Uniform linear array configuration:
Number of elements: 32
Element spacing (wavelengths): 1
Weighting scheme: blackman
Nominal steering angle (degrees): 60
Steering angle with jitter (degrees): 58.364
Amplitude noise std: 0.05
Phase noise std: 0.05

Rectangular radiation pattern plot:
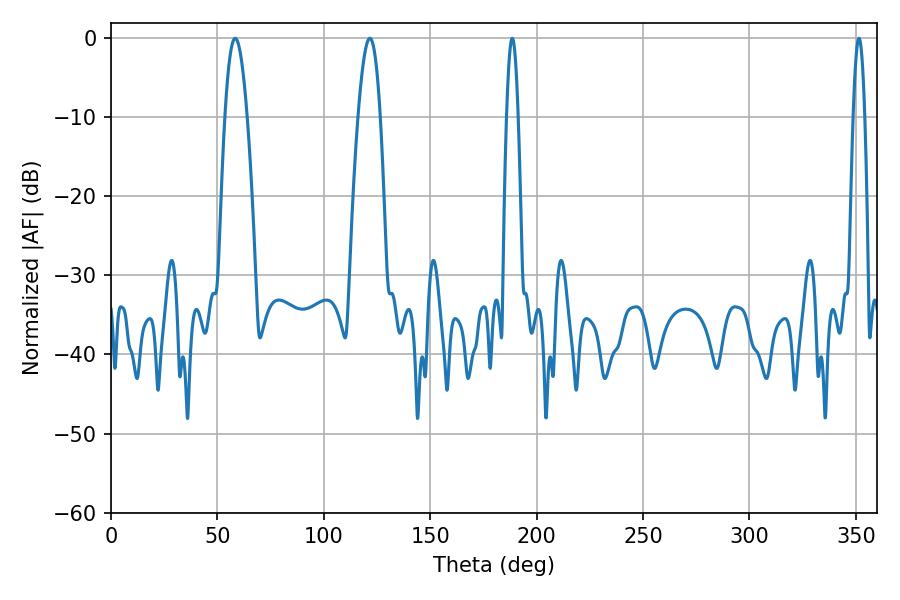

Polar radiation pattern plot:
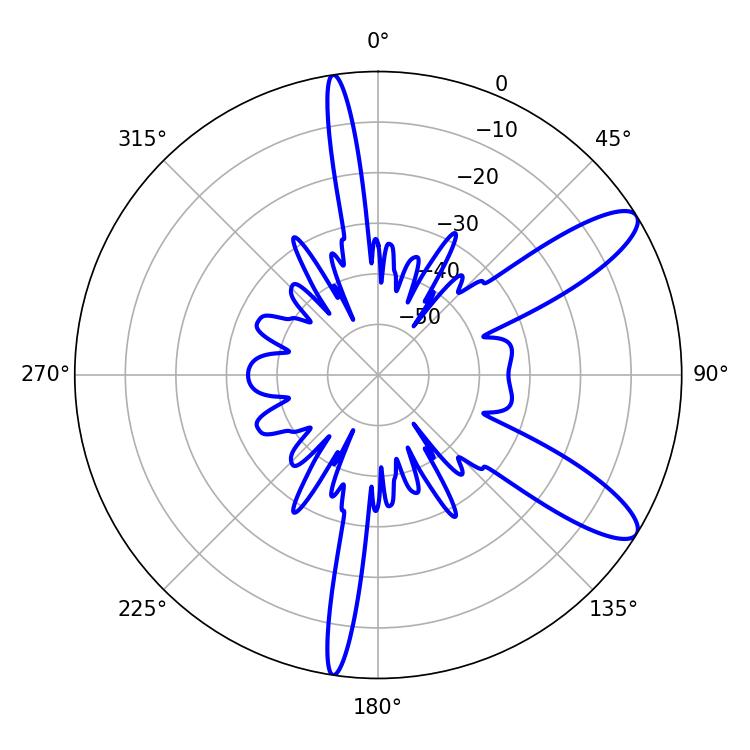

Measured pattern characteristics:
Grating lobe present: TRUE
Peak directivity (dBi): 10.773
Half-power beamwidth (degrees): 5.76
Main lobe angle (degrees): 58.32